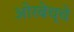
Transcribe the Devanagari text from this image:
ओरबेच्चे